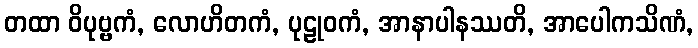
တထာ ဝိပုဗ္ဗကံ, လောဟိတကံ, ပုဠုဝကံ, အာနာပါနဿတိ, အာပေါကသိဏံ,